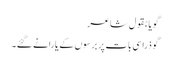
گویا بقول شاعر
گو ذرا سی بات پر برسوں کے یارانے گئے۔